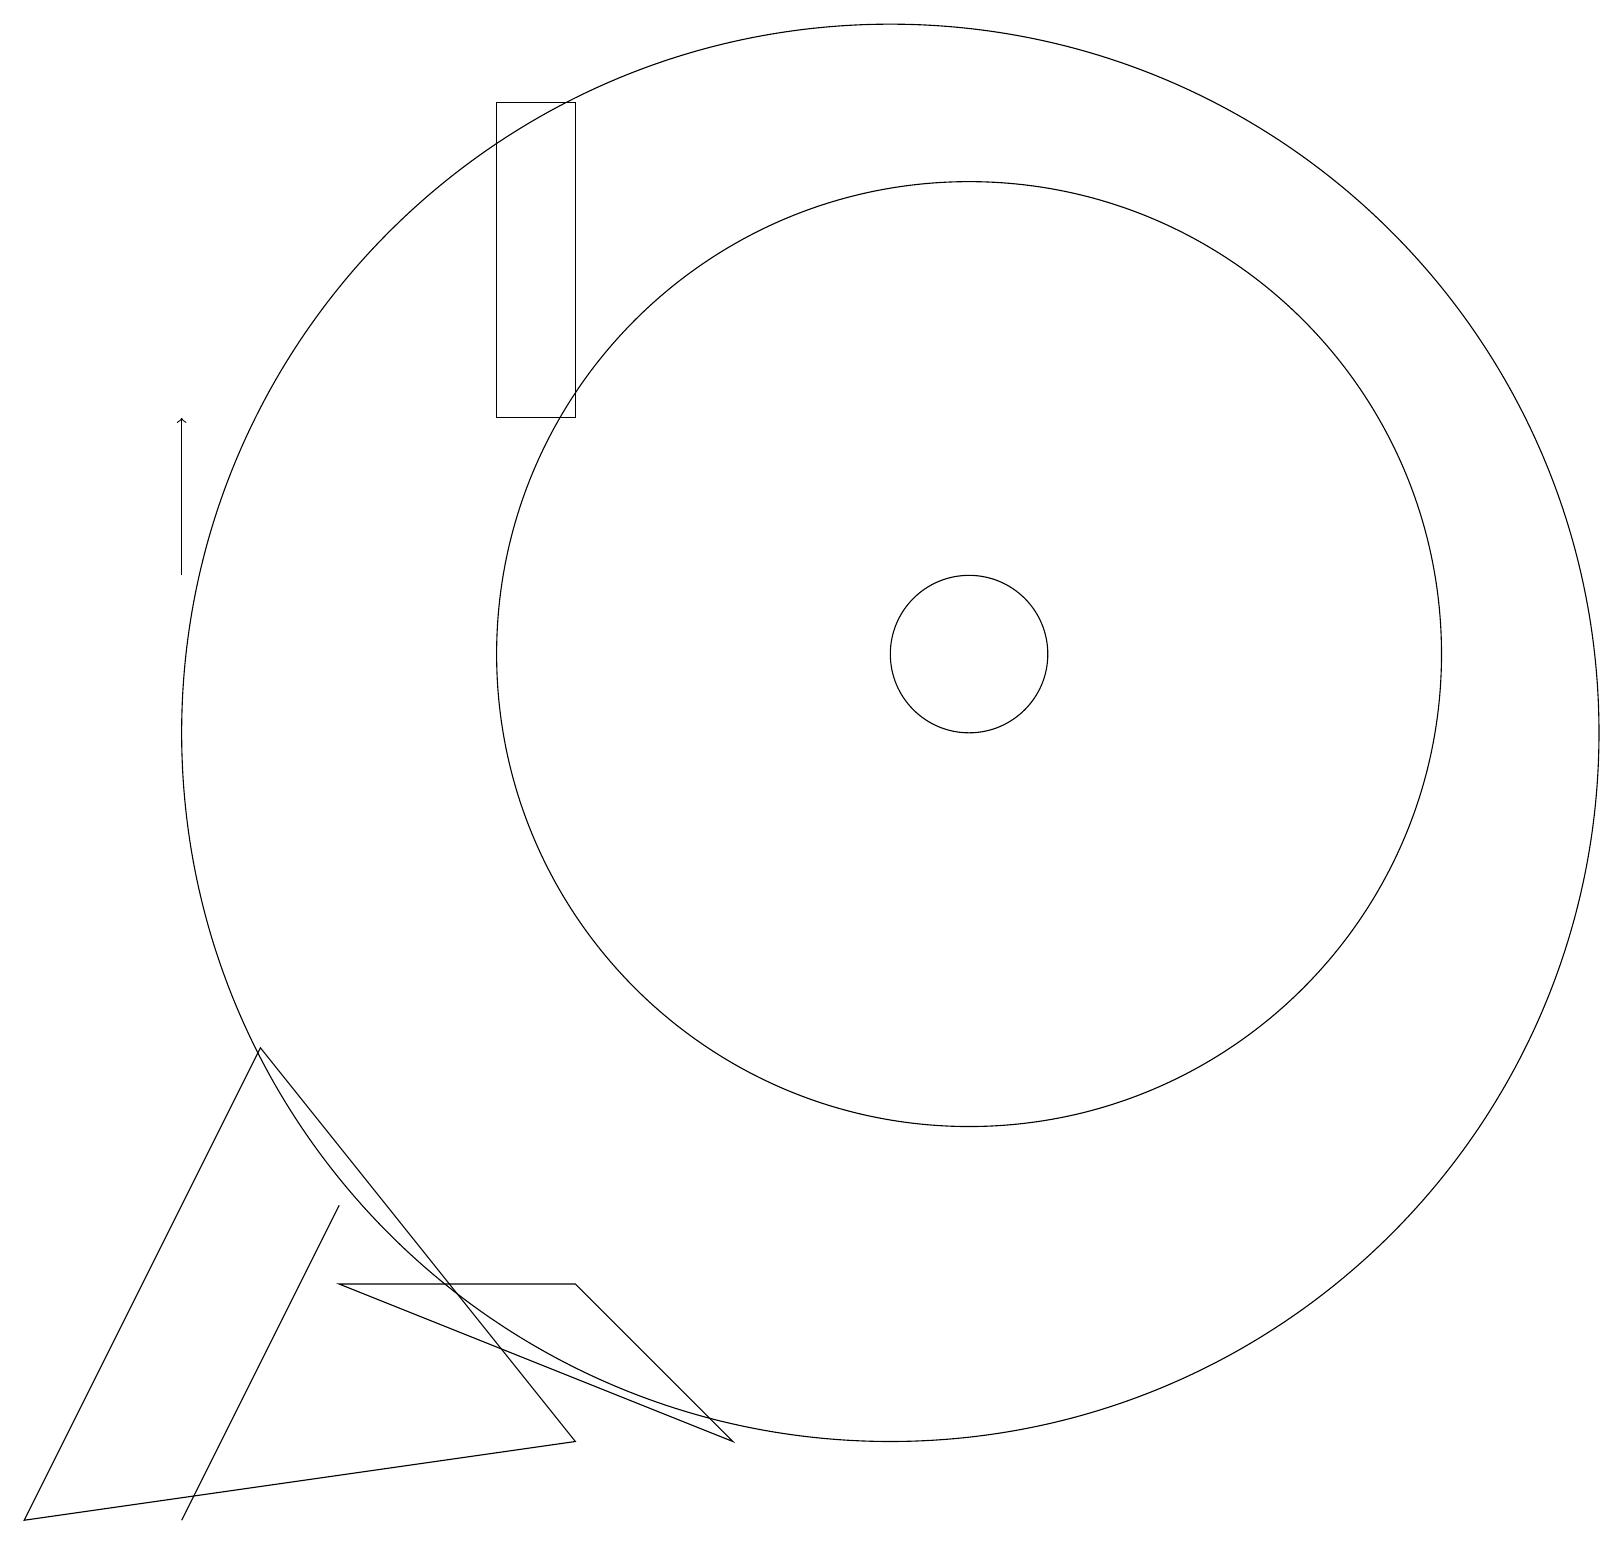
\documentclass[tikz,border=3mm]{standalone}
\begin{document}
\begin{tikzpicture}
\draw (3,6) -- (7,1) -- (0,0) -- cycle;
\draw (9,1) -- (4,3) -- (7,3) -- cycle;
\draw (11,10) circle (9);
\draw (12,11) circle (1);
\draw[->] (2,12) -- (2,14);
\draw (4,4) -- (4,4) -- (2,0) -- cycle;
\draw (6,14) rectangle (7,18);
\draw (12,11) circle (6);
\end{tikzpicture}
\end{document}